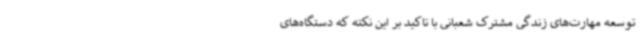
توسعه مهارت‌های زندگی مشترک شعبانی با تاکید بر این نکته که دستگاه‌های